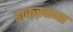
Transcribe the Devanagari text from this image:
डाकख़ाना